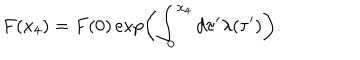
LaTeX: F ( x _ { 4 } ) = F ( 0 ) \exp \left( \int _ { 0 } ^ { x _ { 4 } } d \tau ^ { \prime } \lambda ( \tau ^ { \prime } ) \right) .